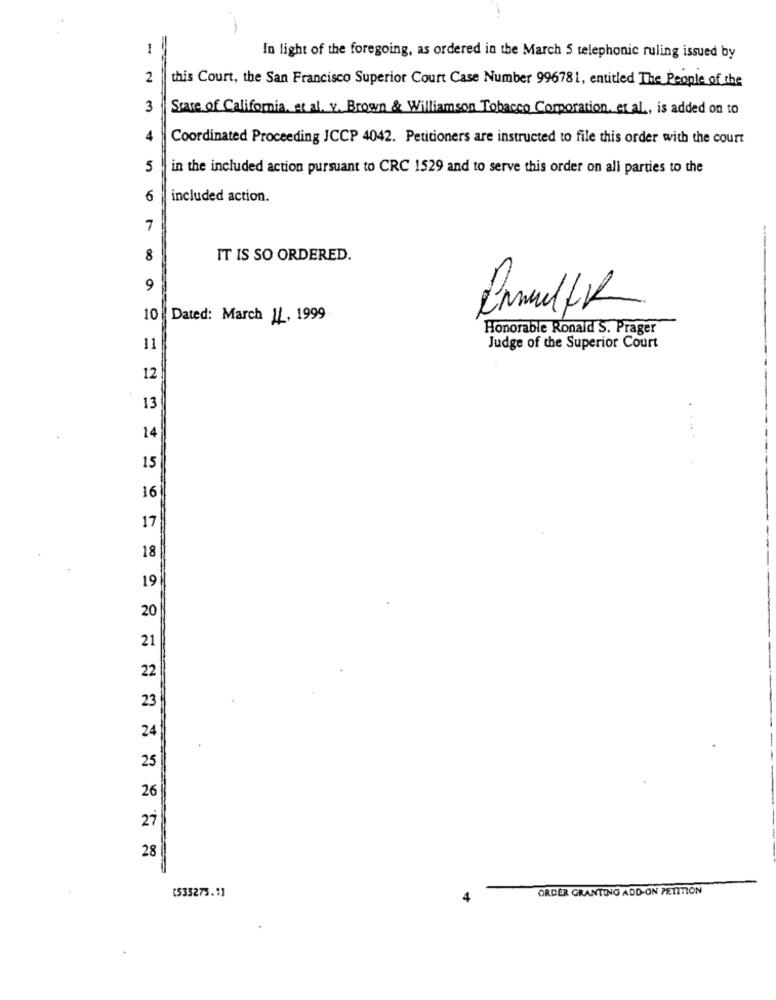
1
In light of the foregoing, as ordered in the March 5 telephonic ruling issued by
2
this Court, the San Francisco Superior Court Case Number 996781, entitled The People of the
3
Scare of California, et al. v. Brown & Williamson Tobacco Corporation, et al ., is added on to
Coordinated Proceeding JCCP 4042. Petitioners are instructed to file this order with the court
5
in the included action pursuant to CRC 1529 and to serve this order on all parties to the
6
included action.
7
---
8
IT IS SO ORDERED.
9
10
Dated: March 11, 1999
Honorable Ronald S. Prager
11
Judge of the Superior Court
12
13
14
15
16
17
18
19
20
21
22
23
24
25
26
27
28
(533275.11
ORDER GRANTING ADD-ON PETITION
4